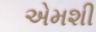
એમશી